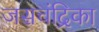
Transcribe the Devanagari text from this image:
जसचंद्रिका